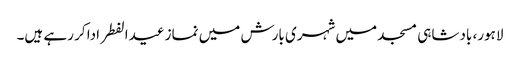
لاہور، بادشاہی مسجد میں شہری بارش میں نماز عیدالفطر ادا کر رہے ہیں۔